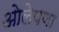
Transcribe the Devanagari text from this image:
ओलेपणा